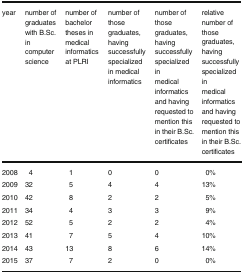
<table><thead><tr><td><b>year</b></td><td><b>number of graduates with B.Sc. in computer science</b></td><td><b>number of bachelor theses in medical informatics at PLRI</b></td><td><b>number of those graduates, having successfully specialized in medical informatics</b></td><td><b>number of those graduates, having successfully specialized in medical informatics and having requested to mention this in their B.Sc. certificates</b></td><td><b>relative number of those graduates, having successfully specialized in medical informatics and having requested to mention this in their B.Sc. certificates</b></td></tr></thead><tbody><tr><td>2008</td><td>4</td><td>1</td><td>0</td><td>0</td><td>0%</td></tr><tr><td>2009</td><td>32</td><td>5</td><td>4</td><td>4</td><td>13%</td></tr><tr><td>2010</td><td>42</td><td>8</td><td>2</td><td>2</td><td>5%</td></tr><tr><td>2011</td><td>34</td><td>4</td><td>3</td><td>3</td><td>9%</td></tr><tr><td>2012</td><td>52</td><td>5</td><td>2</td><td>2</td><td>4%</td></tr><tr><td>2013</td><td>41</td><td>7</td><td>5</td><td>4</td><td>10%</td></tr><tr><td>2014</td><td>43</td><td>13</td><td>8</td><td>6</td><td>14%</td></tr><tr><td>2015</td><td>37</td><td>7</td><td>2</td><td>0</td><td>0%</td></tr></tbody></table>